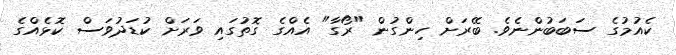
ކެއުމުގެ ސަބަބުންނެވެ. ބޭރަށް ހިންގުން "ރޯގާ" އެއްގެ ގޮތުގައި ވަރަށް ކުޑަދުވަސް ކޮޅެއްގެ